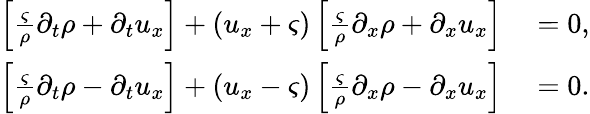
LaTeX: \begin{array}{rl}{\left[\frac{\varsigma}{\rho}\partial_{t}\rho+\partial_{t}u_{x}\right]+\left(u_{x}+\varsigma\right)\left[\frac{\varsigma}{\rho}\partial_{x}\rho+\partial_{x}u_{x}\right]}&{{}=0,}\\ {\left[\frac{\varsigma}{\rho}\partial_{t}\rho-\partial_{t}u_{x}\right]+\left(u_{x}-\varsigma\right)\left[\frac{\varsigma}{\rho}\partial_{x}\rho-\partial_{x}u_{x}\right]}&{{}=0.}\end{array}